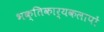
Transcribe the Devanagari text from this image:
भक्तिकार्यकलापों